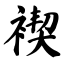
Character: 褉